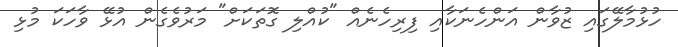
ހުޅުމާލޭގައި ޒުވާން އަންހެނަކާއި ފިރިހެނެއް "ކުއްލި ގޮތަކަށް" މަރުވެގެން އުޅޭ ވާހަކަ މުޅި